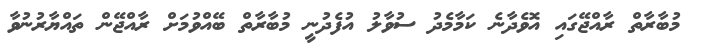
މުބާރާތް ރާއްޖޭގައި އޮވެދާނެ ކަމާމެދު ސުވާލު އުފެދުނީ މުބާރާތް ބޭއްވުމަށް ރާއްޖޭން ތައްޔާރުނުވާ